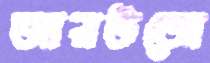
আরউজো